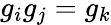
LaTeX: g_{i}g_{j}=g_{k}